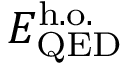
E _ { \mathrm { Q E D } } ^ { \mathrm { h . o . } }